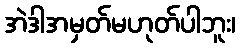
အဲဒါအမှတ်မဟုတ်ပါဘူး၊